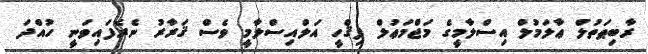
ރާބިޠަތުލް ޢާލަމުލް އިސްލާމީގެ މަޖްމަޢުލް ފިޤްހީ އަލްއިސްލާމީ ވެސް ޤަރާރު ނެރެފައިވަނީ ހުއްދަ